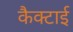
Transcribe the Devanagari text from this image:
कैक्टाई